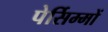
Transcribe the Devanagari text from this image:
पेर्सिम्मों